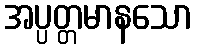
အပ္ပတ္တမာနသော